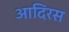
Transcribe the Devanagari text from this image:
आदिरस